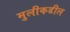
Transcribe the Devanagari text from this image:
मुलीकडील